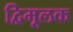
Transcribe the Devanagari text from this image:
द्विमूलक